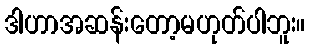
ဒါဟာအဆန်းတော့မဟုတ်ပါဘူး။